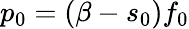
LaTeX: p_{0}=(\beta-s_{0})f_{0}